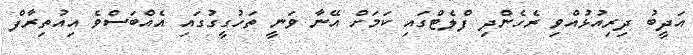
އަދީބު ދިރިއުޅުއްވި ރެހެންދި ފްލެޓްގައި ކަމަށް އޭނާ ވަނީ ތަހުގީގުގައި އެއްބަސްވެ އިއުތިރާފް